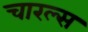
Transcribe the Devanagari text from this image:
चारल्स